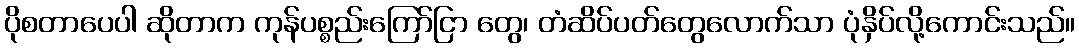
ပိုစတာပေပါ ဆိုတာက ကုန်ပစ္စည်းကြော်ငြာ တွေ၊ တံဆိပ်ပတ်တွေလောက်သာ ပုံနှိပ်လို့ကောင်းသည်။